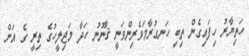
ހަތިޔާރު ހިފައިގެން ތިބި ހަނގުރާމަވެރިންވަނީ ޤާނޫނު ހަދާ މަޖިލީހުގެ ތިރީ ގެ އަށް